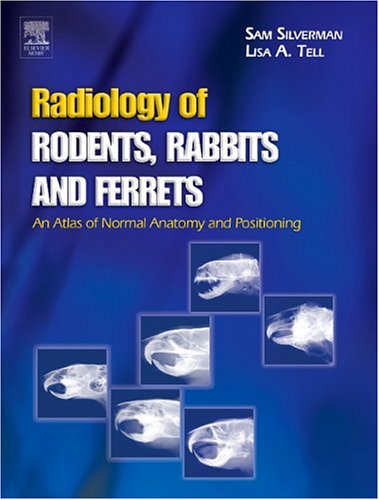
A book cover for Radiology of Rodents, Rabbits and Ferrets: An Atlas of Normal Anatomy and Positioning; Sam Silverman; Medical Books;